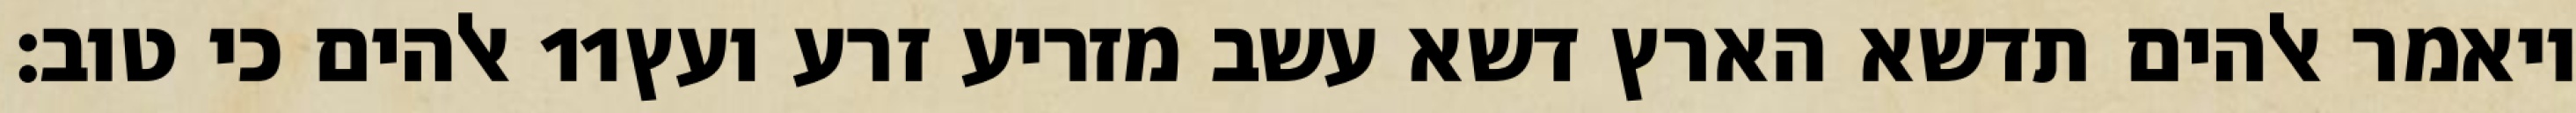
אלהים כי טוב׃ ‎11‏ ויאמר אלהים תדשא הארץ דשא עשב מזריע זרע ועץ